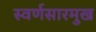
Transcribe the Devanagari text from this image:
स्वर्णसारमुख